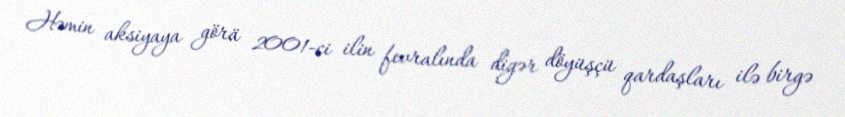
Həmin aksiyaya görä 2001-ci ilin fevralında digər döyüşçü qardaşları ilə birgə